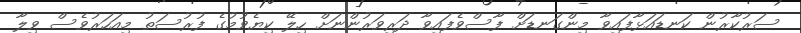
ސަރުކާރުން ކަނޑައަޅާފައިވާ މިންގަނޑަށް ފާސްވެފައިވާ ދަރިވަރުންނަށް ހިލޭ ކިޔެވުމުގެ ފުރުސަތު މިއަހަރުވެސް ވިލާ